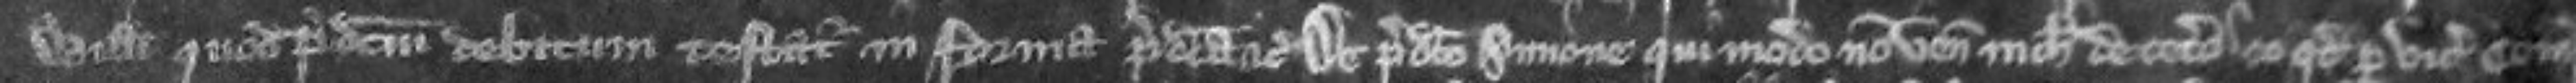
Willelmi quod predictum debitum testatur in forma predicta etc De predicto Simone qui modo non venit nichil de cetero eo quod per vicecomitem comitatus